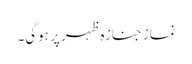
نماز جنازہ ظہر پر ہوگی۔